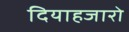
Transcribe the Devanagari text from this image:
दियाहजारो